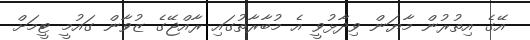
އޭގެ އިތުރުން މާޔަން ވިދާޅުވީ އެ މުބާރާތުގައި ރާއްޖޭގެ ޒުވާން ގައުމީ ޓީމަށް